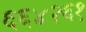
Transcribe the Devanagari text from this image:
६६४२६१